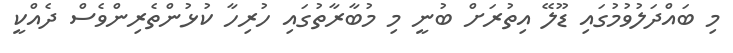
މި ބައްދަލުވުމުގައި ޑޫލޭ އިތުރަށް ބުނީ މި މުބާރާތުގައި ހުރިހާ ކުޅުންތެރިންވެސް ދެއްކީ